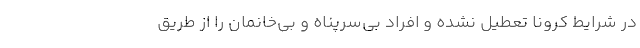
در شرایط کرونا تعطیل نشده و افراد بی‌سرپناه و بی‌خانمان را از طریق